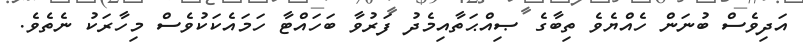
އަދިވެސް ބުނަން ހެއްޔެވެ ތިބާގެ ޞިއްޙަތާއިމެދު ފަރުވާ ބަހައްޓާ ހަމައެކަކުވެސް މިހާރަކު ނެތެވެ.